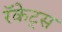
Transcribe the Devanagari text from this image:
रॅकेट्स